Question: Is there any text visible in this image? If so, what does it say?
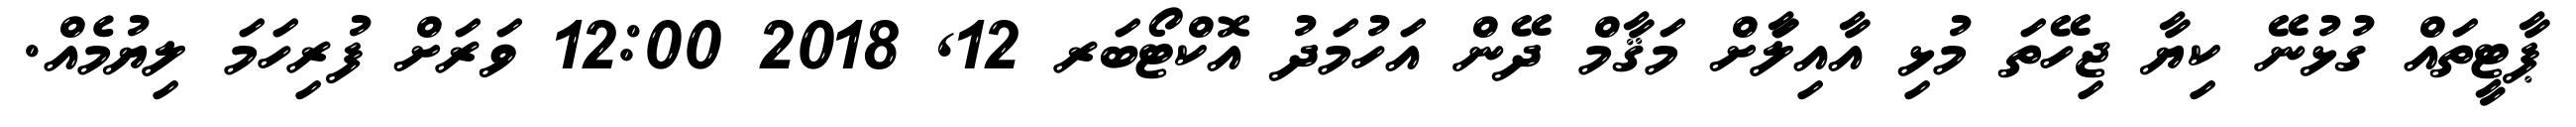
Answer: ޕާޓީތައް ގުޅުނޭ ކިޔާ ޖިހޭތަ މުޅި އާއިލާަށް މަޤާމް ދޭން އަހުމަދު އޮކްޓޯބަރ 12, 2018 12:00 ވަރަށް ފުރިހަމަ ލިޔުމެއް.